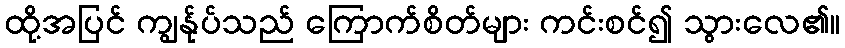
ထို့အပြင် ကျွန်ုပ်သည် ကြောက်စိတ်များ ကင်းစင်၍ သွားလေ၏။